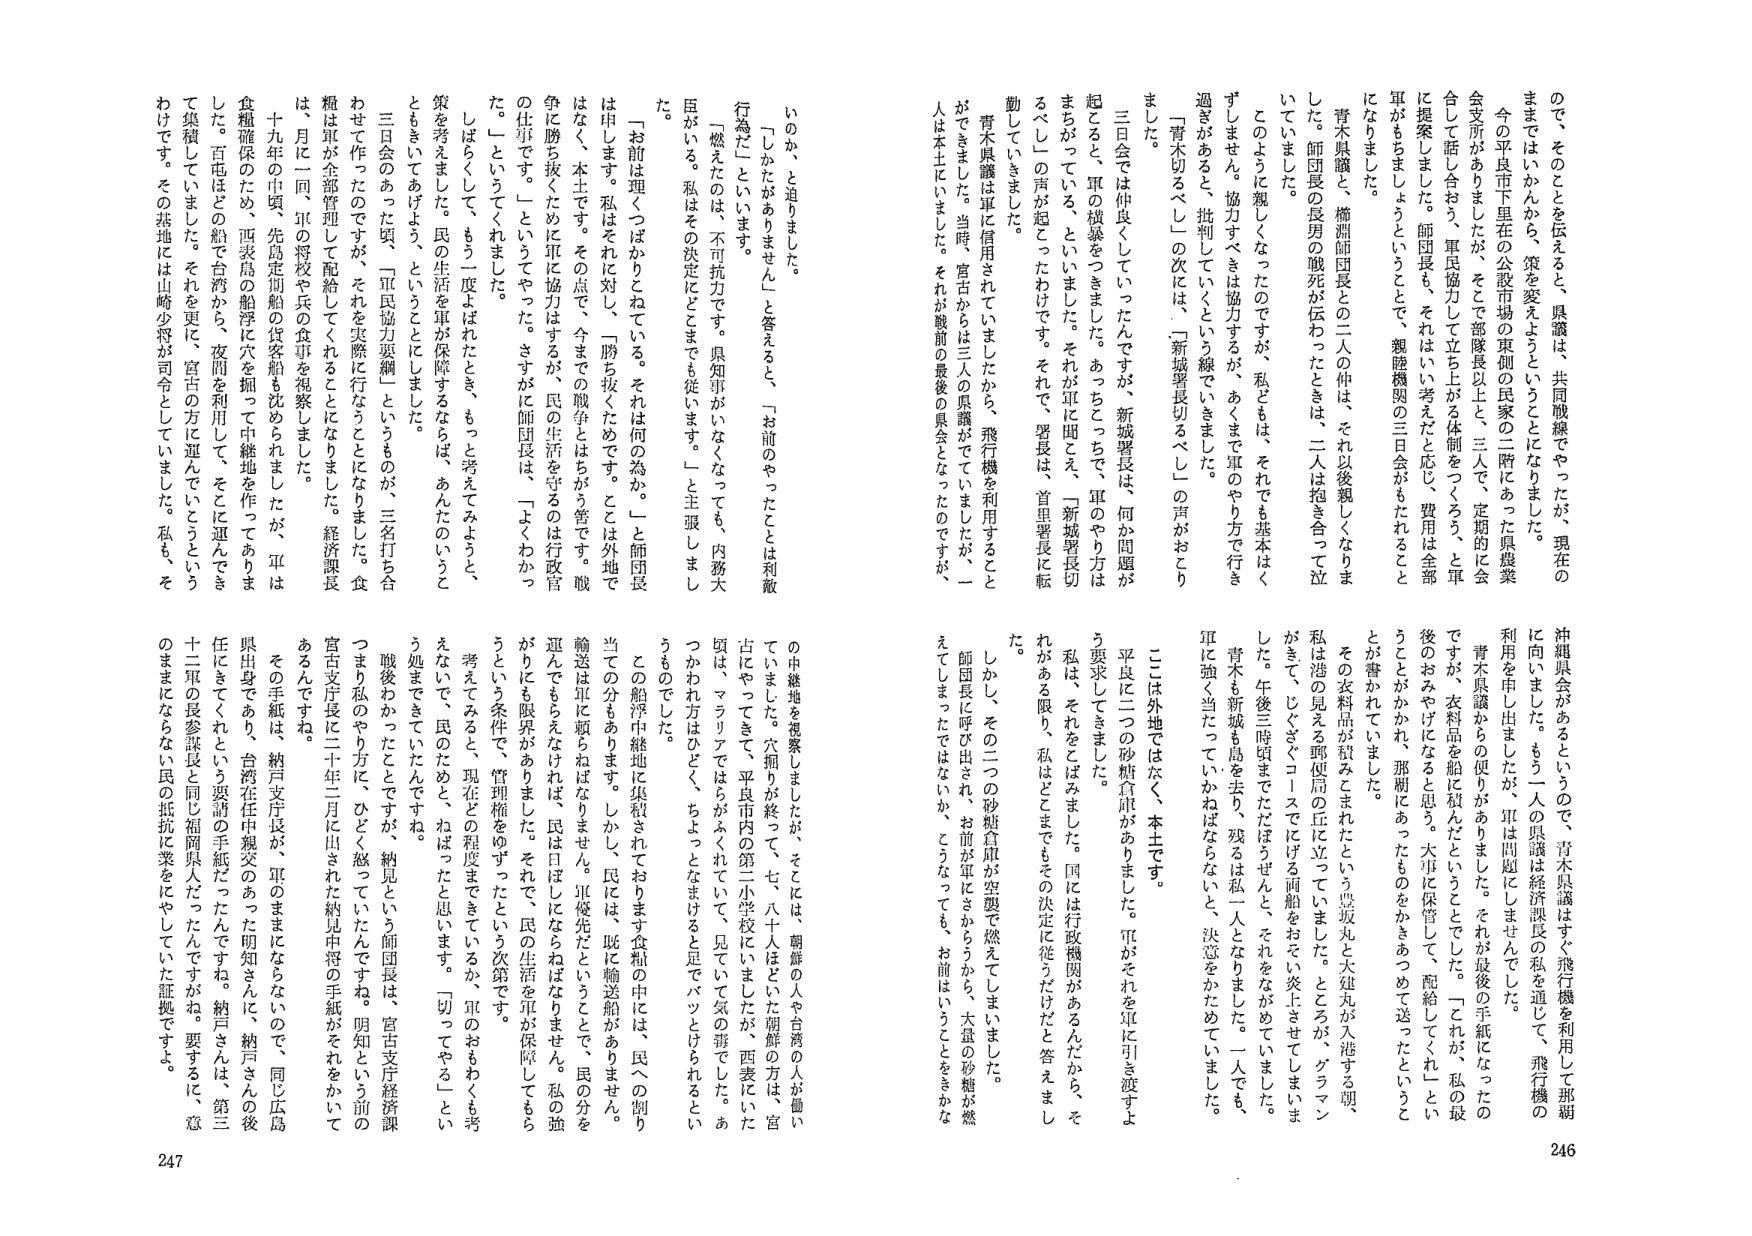
ので、そのことを伝えると、県議は、共同戦線でやったが、現在の
ままではいかんから、策を変えようということになりました。
今の平良市下里在の公設市場の東側の民家の二階にあった県農業
会支所がありましたたが、そこで部隊長以上と、三人で、定期的に会
合して話し合おう、軍民協力して立ち上がる体制をつくろう、と軍
に提案しました。師団長も、それはいい考えだと応じ、費用は全部
になります。ちょうどいとて、親隷機関の三日会がもたれること
になりました。
青木県議と、楢淵師団長との二人の仲は、それ以後親しくなりま
した。師団長の長男の戦死が伝わったときは、二人は抱き合って泣
いていました。
このように親しくなったのですが、私どもは、それでも基本はく
ずしません。協力すべきは協力するが、あくまで軍のやり方で行き
過ぎがあると、批判していくという線でいきました。
「青木切るべし」の次には、「新城署長切るべし」の声がおこり
ました。
三日会では仲良くしていったんですが、新城署長は、何か問題が
起ころと、軍の横暴をつきました。あっちこっちで、軍のやり方は
まちがっている、といいました。それが軍に聞こえ、「新城署長切
るべし」の声が起こったわけです。それで、署長は、首里署長に転
勤していきました。
青木県議は軍に信用されていましたから、飛行機を利用すること
ができました。当時、宮古からは三人の県議がでていましたが、一
人は本土にいました。それが戦前の最後の県会となったのですが、
沖縄県会があるというので、青木県議はすぐ飛行機を利用して那覇
に向いました。もう一人の県議は経済課長の私を通じて、飛行機の
利用を申し出ましたが、軍は問題にしませんでした。
青木県議からの便りがありました。それが最後の手紙になったの
ですが、衣料品を船に積んだということでした。「これが、私の最
後のおみやげになると思う。大事に保管して、配給してくれ」とい
うことがかかれ、那覇にあったものをかきあつめて送ったというこ
とが書かれています。
その衣料品が飲みこまれたという豊坂丸と大雄丸が入港する朝、
私は港の見える郵便局の丘に立っていました。ところが、グラン
がきて、じぐざぐコースでにげる両船をおそい炎上させてしまいま
した。午後三時頃までただぼうぜんと、それをながめていました。
青木も新城も島を去り、残るは私一人となりました。一人でも、
軍に強く当たっていかねばならないと、決意をかためていました。
ここは外地ではなく、本土です。
平良に二つの砂糖倉庫がありました。軍がそれを軍に引き渡すよ
う要求してきました。
私は、それをとばみました。国には行政機関があるんだから、そ
れがある限り、私はどこまでもその決定に従うだけだと答えまし
た。
しかし、その二つの砂糖倉庫が空襲で燃えてしまいました。
師団長に呼び出され、お前が軍にさからうから、大量の砂糖が燃
えてしまったではないか、こうなっても、お前はいうことをきかな
いのか、と追いました。
「しかたがありません」と答えると、「お前のやったことは利敵
行為だ」といいます。
「燃えたのは、不可抗力です。県知事がいなくなっても、内務大
臣がいる。私はその決定にどこまでも従います。」と主張しまし
た。
「お前は理くつばかりこねている。それは何の為か。」と師団長
は申します。私をそれに対して、「勝ち抜くためです。ことは外地で
はなく、本土です。その点で、今までの戦争とはちがう筈です。戦
争に勝ち抜くために軍に協力はするが、民の生活を守るのは行政官
の仕事です。」というとやった。さすがに師団長は、「よくわかっ
た。」というてくられました。
しばらくして、もう一度よばれたとき、もっと考えてみようと、
策を考えました。民の生活を軍が保障するならば、あんたのいうこ
ともきいてあげよう、というこことしました。
三日会のあった頃、「軍民協力要綱」というものが、三名打ち合
わせて作ったのですが、それを実際に行なうことになりました。食
糧は軍が全部管理して配給してくれることになりました。経済課長
は、月に一回、軍の将校や兵の食事を視察しました。
十九年の中頃、先島定期船の貨客船も沈められましたが、軍は
食糧確保のため、西表島の船浮に穴を掘って中継地を作ってありま
した。百屯ほどの船を台湾から、夜間を利用して、そこに運んでき
て集積していました。それを更に、宮古の方に運んでいくこととい
わけです。その基地には山崎少将が司令としていました。私も、そ
の中継地を視察しましたが、そこには、朝鮮の人や台湾の人が働い
ていました。穴掘りが終って、七、八十人ほどいた朝鮮の方は、宮
古にやってきて、平良市内の第二小学校にいましたが、西表にいた
頃は、マラリアではらがふくれていて、見ていた気の毒でした。あ
つかわれ方はひどく、ちょっとなまけると足でバッとけられるとい
うものでした。
この船浮中継地に集積されております食糧の中には、民への割り
当ての分もあります。しかし、民には、既に輸送船がありません。
輸送は軍に頼らねばなりません。軍優先だということで、民の分を
運んでもらえなければ、民は日はしにならねばなりません。私の強
がりにも限界がありました。それで、民の生活を軍が保障してもら
うという条件で、管理権をゆずったという次第です。
考えてみると、現在との程度まできているか、軍のおもむくも考
えないで、民のためと、ねばったと思います。「切ってやる」とい
う処まできていたんです。
戦後わかっただけですが、納見という師団長は、宮古支庁経済課
つまり私のやり方に、ひどく怒っていたんですね。明知という前の
宮古支庁長に二十年二月に出された納見中将の手紙がそれをかいて
あるんですね。
その手紙は、納言支庁長が、軍のままにならないので、同じ広島
県出身であり、台湾在任中親交のあった明知さんに、納言さんの後
任にきてくれという要請の手紙だったんですね。納言さんは、第三
十二軍の長参謀長と同じ福岡県人だったんですがあ。要するに、意
のままにならない民の抵抗に業をやしていた証拠ですよ。

246
247